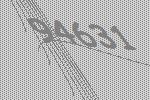
94631